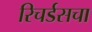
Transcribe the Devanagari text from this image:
रिचर्डसचा